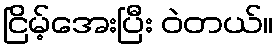
ငြိမ့်အေးပြီး ဝဲတယ်။